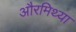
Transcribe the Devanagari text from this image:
औरमिथ्या